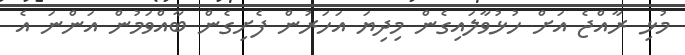
މުޅި ރާއްޖެ އަށް ހުޅުވާލައިގެން މިދިޔަ އަހަރުން ފެށިގެން ބާއްވަމުން އަންނަ އެ